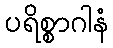
ပရိစ္စာဂါနံ